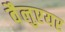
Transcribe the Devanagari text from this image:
वैलुएयर